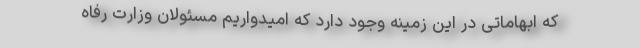
که ابهاماتی در این زمینه وجود دارد که امیدواریم مسئولان وزارت رفاه